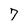
Character: 7